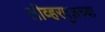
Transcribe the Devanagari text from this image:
लीव्हरपुलच्या